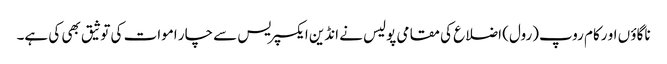
ناگاؤ ں او رکام روپ(رول) اضلاع کی مقامی پولیس نے انڈین ایکسپریس سے چار اموات کی توثیق بھی کی ہے۔